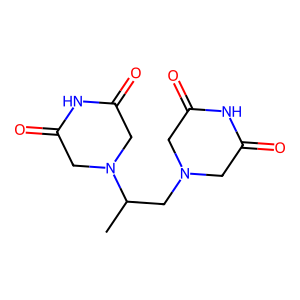
SMILES: CC(CN1CC(=O)NC(=O)C1)N1CC(=O)NC(=O)C1
Inhibits HIV replication: No